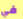
في